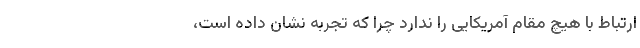
ارتباط با هیچ مقام آمریکایی را ندارد چرا که تجربه نشان داده است،